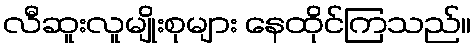
လီဆူးလူမျိုးစုများ နေထိုင်ကြသည်။